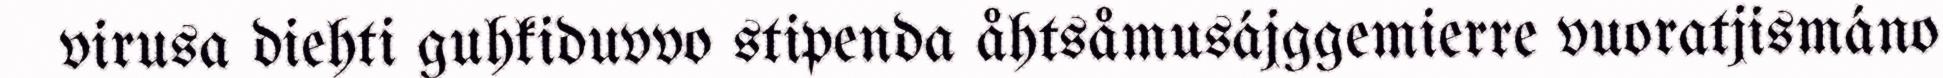
virusa diehti guhkiduvvo stipenda åhtsåmusájggemierre vuoratjismáno